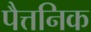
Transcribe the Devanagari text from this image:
पैत्तनिक